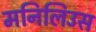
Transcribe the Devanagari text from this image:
मनिलिउस